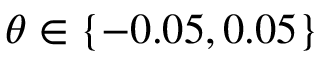
\theta \in \{ - 0 . 0 5 , 0 . 0 5 \}